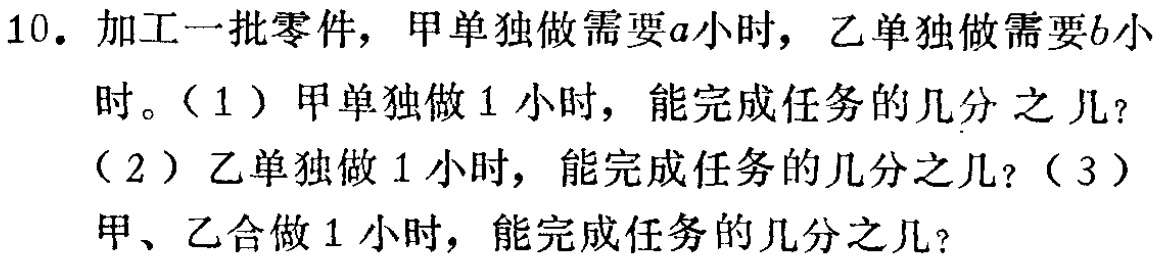
10. 加工一批零件，甲单独做需要\(a\)小时，乙单独做需要\(b\)小时。（1）甲单独做1小时，能完成任务的几分之几？（2）乙单独做1小时，能完成任务的几分之几？（3）甲、乙合做1小时，能完成任务的几分之几？